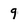
Character: 9